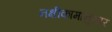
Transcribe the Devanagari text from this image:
नक्षीकामानुसार